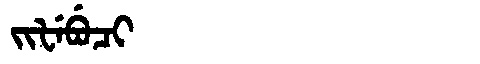
Manchu: ᠵᡳᡶᡝᠪᡠᠴᡳ
Romanization: JIFEBUCI